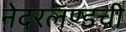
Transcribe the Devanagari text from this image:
नेदरलॅण्डची